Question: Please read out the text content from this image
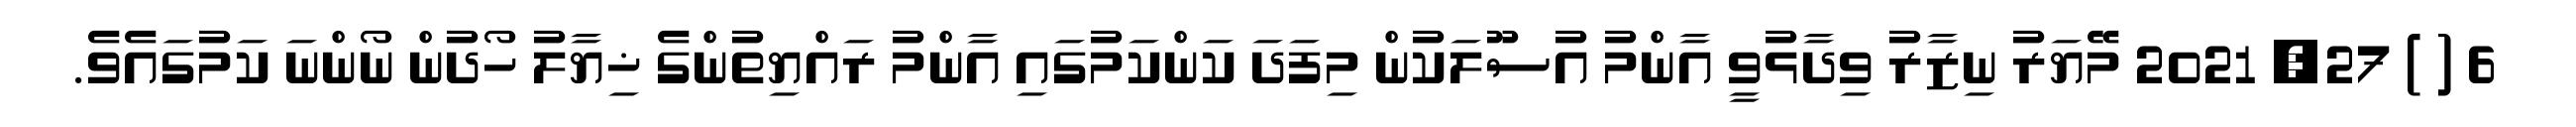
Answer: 6 ( ) 27, 2021 މޭޔަރު ނިޒާރު ވިދާޅުވީ އާންމު އުސޫލަކުން މިފަދަ ކަންކަމުގައި އާންމު ރައްޔިތުންގެ ޚިޔާލު ހޯދުން ނޯންނަ ކަމުގައެވެ.